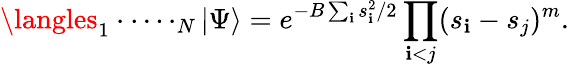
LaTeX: \langles_{1}\cdot\cdot\cdots_{N}|\Psi\rangle=e^{-B\sum_{\mathbf{i}}s_{\mathbf{i}}^{2}/2}\prod_{\mathbf{i}<j}(s_{\mathbf{i}}-s_{j})^{m}.